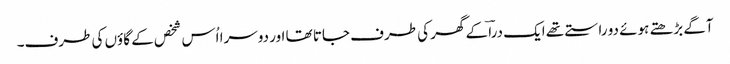
آگے بڑھتے ہوئے دو راستے تھے ایک دراؔ کے گھر کی طرف جاتا تھا اور دوسرا اُس شخص کے گاؤں کی طرف۔